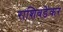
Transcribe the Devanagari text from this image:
राशिवडेकर